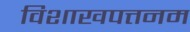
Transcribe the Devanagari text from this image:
विशाखपत्तनम